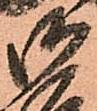
御